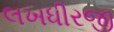
લખધીરજી